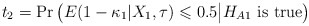
\begin{align*} t_2=\Pr\big(E(1-\kappa_1|X_1,\tau) \leqslant 0.5\big|H_{A1} \mbox{ is true}\big) \end{align*}